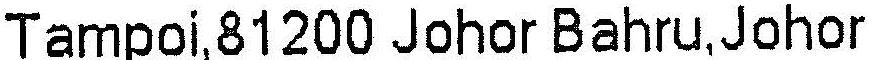
TAMPOI,81200 JOHOR BAHRU,JOHOR